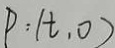
P : ( t , 0 )